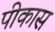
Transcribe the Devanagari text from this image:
पीकास